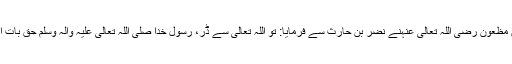
حضرت عثمان بن مظعون رَضِیَ اللہُ تَعَالٰی عَنْہُنے نضر بن حارث سے فرمایا: تو اللہ تعالیٰ سے ڈر، رسولِ خدا صَلَّی اللہُ تَعَالٰی عَلَیْہِ وَاٰلِہٖ وَسَلَّمَ حق بات ارشاد فرماتے ہیں۔